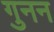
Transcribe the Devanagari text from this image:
गुनन